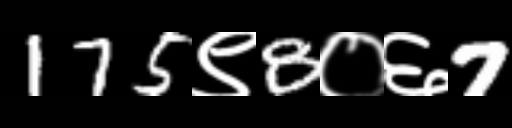
Text: 175९8०६7